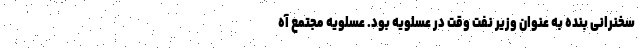
سخنرانی بنده به عنوان وزیر نفت وقت در عسلویه بود. عسلویه مجتمع آه